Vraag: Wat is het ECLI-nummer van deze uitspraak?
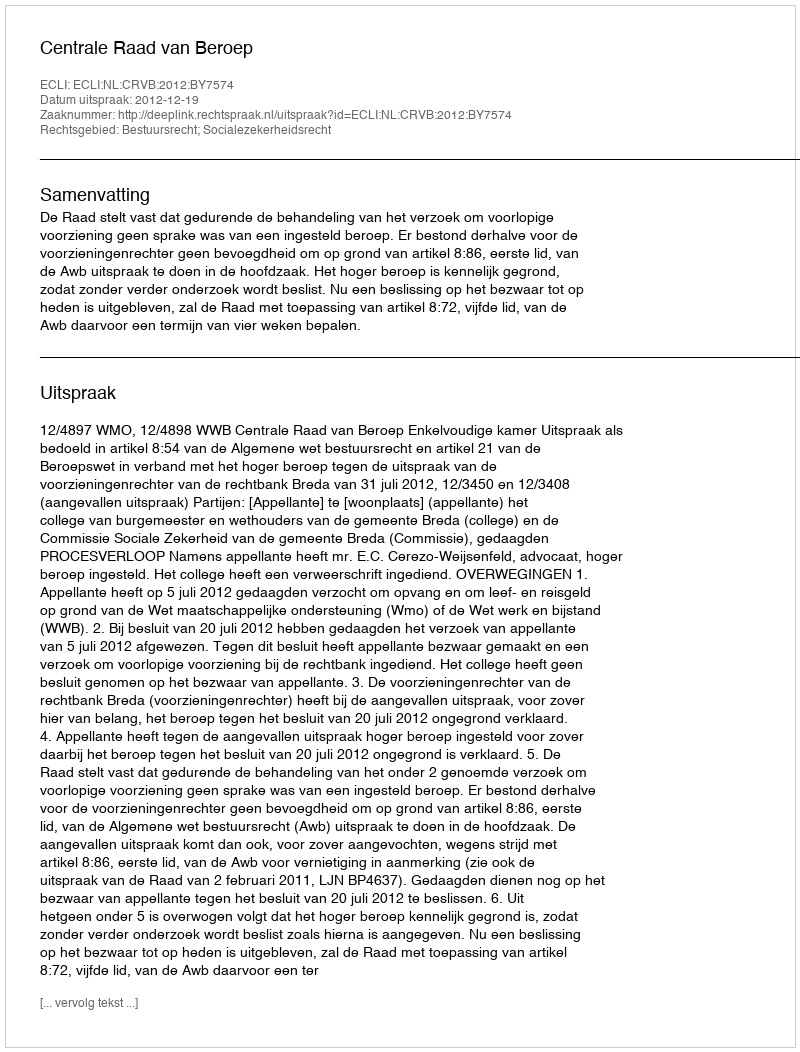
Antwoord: ECLI:NL:CRVB:2012:BY7574